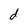
Character: d